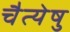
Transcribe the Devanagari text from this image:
चैत्येषु